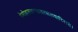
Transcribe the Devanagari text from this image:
प्रेमोल्लसज्जनकवत्सलवारिराशे।